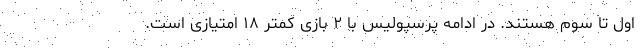
اول تا سوم هستند. در ادامه پرسپولیس با ۲ بازی کمتر ۱۸ امتیازی است.